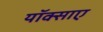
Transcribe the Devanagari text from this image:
यॉक्साए